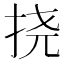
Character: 挠